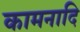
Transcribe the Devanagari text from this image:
कामनादि